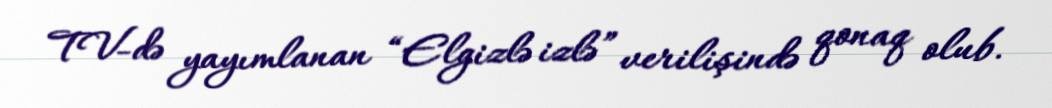
TV-də yayımlanan “Elgizlə izlə” verilişində qonaq olub.